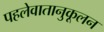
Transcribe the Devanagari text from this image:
पहलेवातानुकूलन